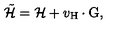
\tilde { \cal H } = { \cal H } + v _ { \mathrm { H } } \cdot \mathrm { G } ,